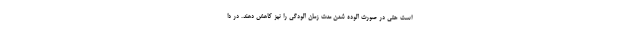
است حتی در صورت آلوده شدن مدت زمان آلودگی را نیز کاهش دهند. در دا